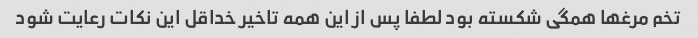
تخم مرغها همگی شکسته بود لطفا پس از این همه تاخیر خداقل این نکات رعایت شود